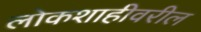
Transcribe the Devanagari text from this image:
लोकशाहीवरील